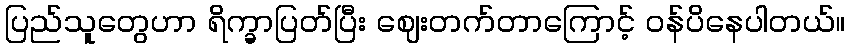
ပြည်သူတွေဟာ ရိက္ခာပြတ်ပြီး ဈေးတက်တာကြောင့် ဝန်ပိနေပါတယ်။